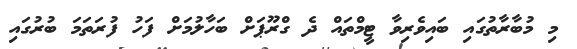
މި މުބާރާތުގައި ބައިވެރިވާ ޓީމްތައް ދެ ގްރޫޕަށް ބަހާލުމަށް ފަހު ފުރަތަމަ ބުރުގައި